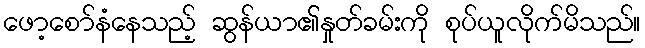
ဖော့စော်နံနေသည့် ဆွန်ယာ၏နှုတ်ခမ်းကို စုပ်ယူလိုက်မိသည်။